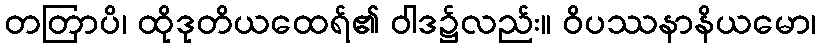
တတြာပိ၊ ထိုဒုတိယထေရ်၏ ဝါဒ၌လည်း။ ဝိပဿနာနိယမော၊